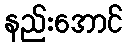
နည်းအောင်